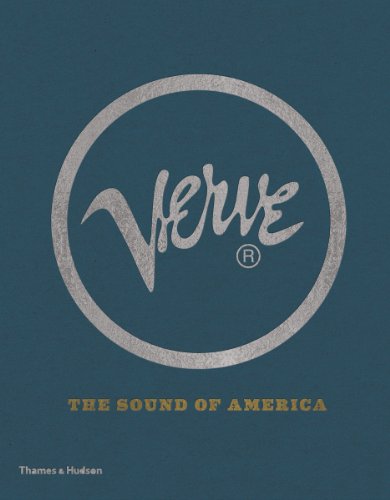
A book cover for Verve: The Sound of America; Richard Havers; Crafts, Hobbies & Home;